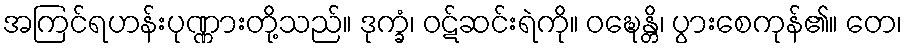
အကြင်ရဟန်းပုဏ္ဏားတို့သည်။ ဒုက္ခံ၊ ဝဋ်ဆင်းရဲကို။ ဝဍ္ဎေန္တိ၊ ပွားစေကုန်၏။ တေ၊